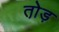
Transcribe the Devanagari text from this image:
तो़ड़